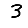
Digit: 3